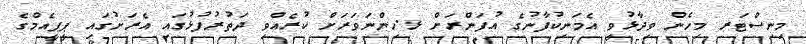
މިނިސްޓަރ މިހެން ވިދާޅުވީ އެމަނިކުފާނުގެ އުފަންރަށް ޅ.ހިންނަވަރަށް ކުރެއްވި ދަތުރުފުޅުގައި އެރަށުގައި ޕީޕީއެމްގެ